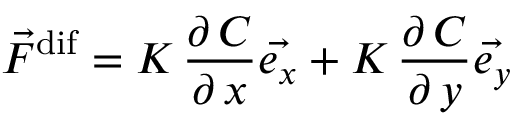
\vec { F } ^ { \mathrm { d i f } } = K \, \frac { \partial \, C } { \partial \, x } \vec { e _ { x } } + K \, \frac { \partial \, C } { \partial \, y } \vec { e _ { y } }